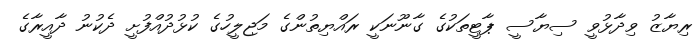
ރިޔާޒު ވިދާޅުވީ ސިޔާސީ ޕާޓީތަކުގެ ގާނޫނަކީ ރައްޔިތުންގެ މަޖިލީހުގެ ކުޅުދުއްފުށީ ދެކުނު ދާއީރާގެ